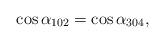
LaTeX: \begin{align*}\cos\alpha_{102}=\cos\alpha_{304},\end{align*}